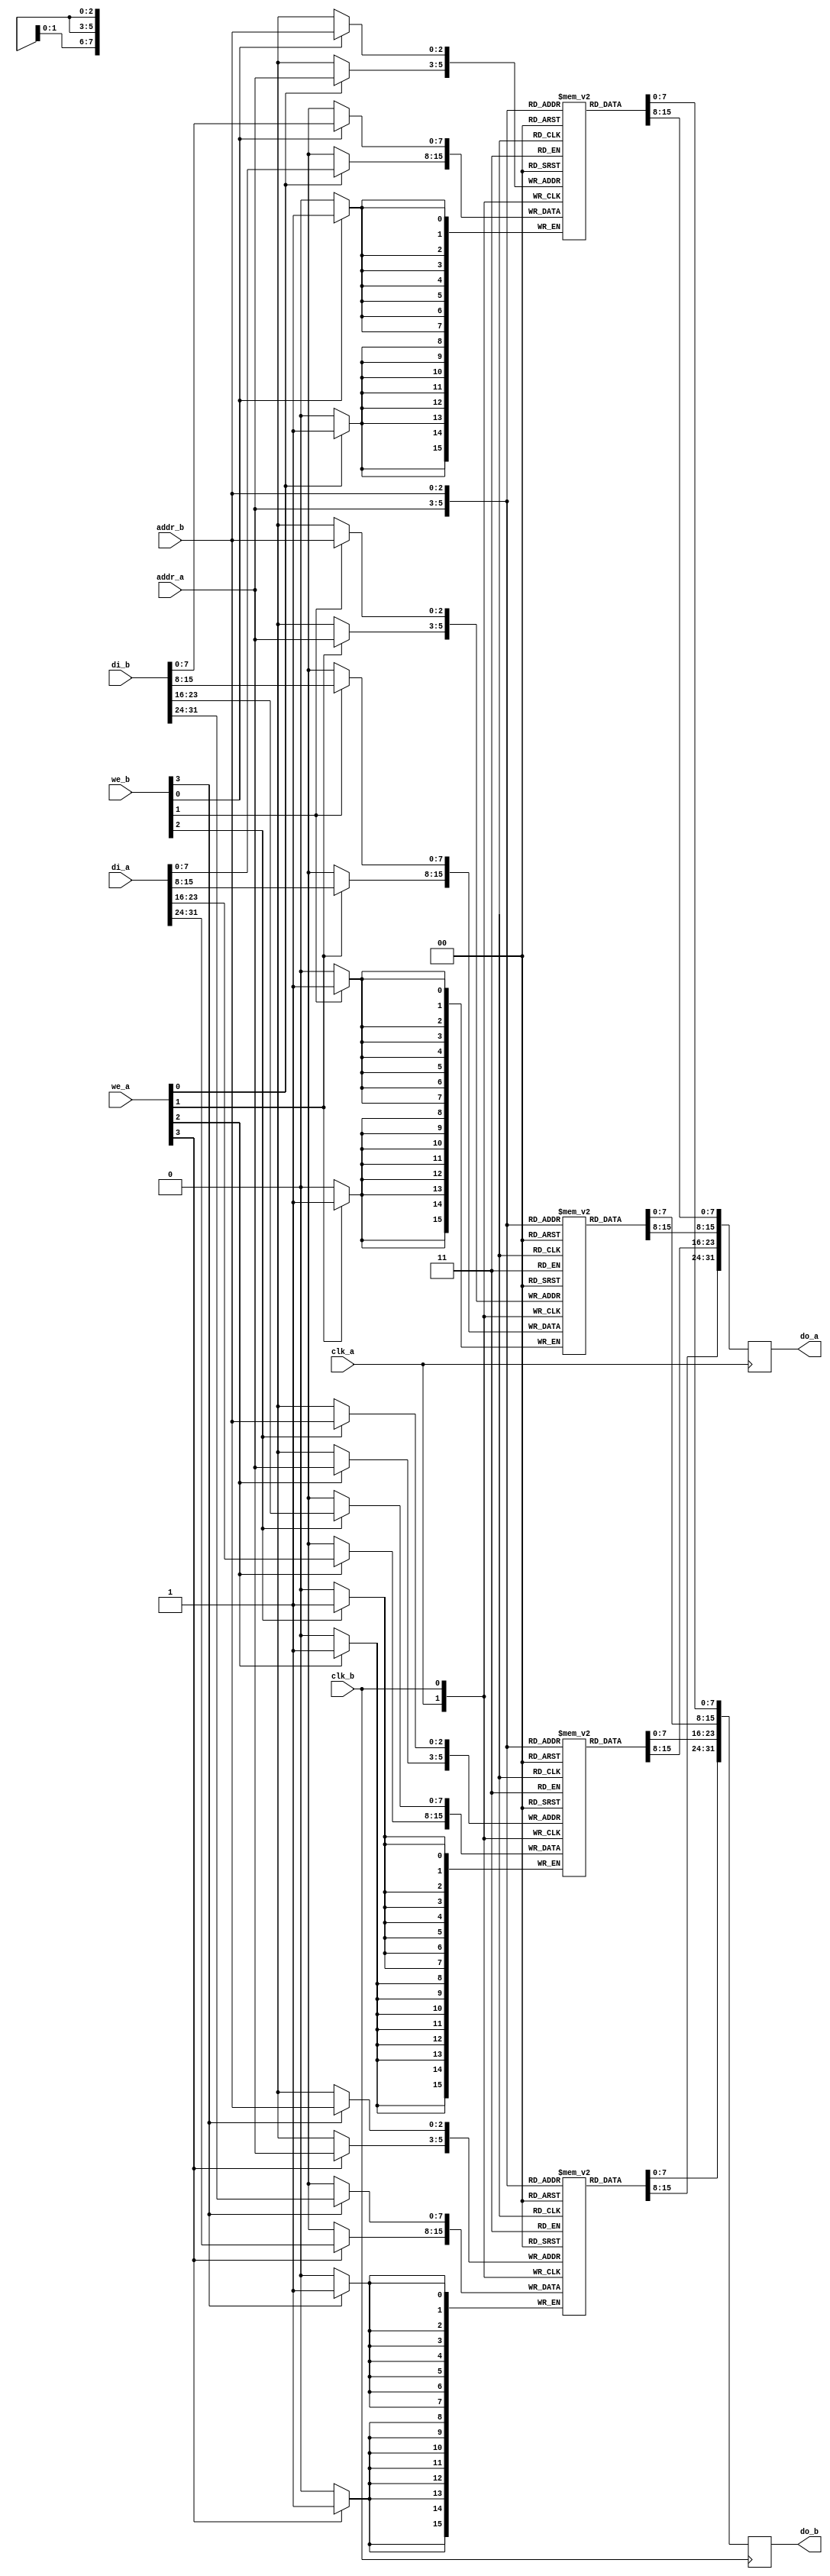
/*
 * Copyright (c) 2011, Stefan Kristiansson <stefan.kristiansson@saunalahti.fi>
 * All rights reserved.
 *
 * Redistribution and use in source and non-source forms, with or without
 * modification, are permitted provided that the following conditions are met:
 *     * Redistributions of source code must retain the above copyright
 *       notice, this list of conditions and the following disclaimer.
 *     * Redistributions in non-source form must reproduce the above copyright
 *       notice, this list of conditions and the following disclaimer in the
 *       documentation and/or other materials provided with the distribution.
 *
 * THIS WORK IS PROVIDED BY THE COPYRIGHT HOLDERS AND CONTRIBUTORS "AS IS"
 * AND ANY EXPRESS OR IMPLIED WARRANTIES, INCLUDING, BUT NOT LIMITED TO,
 * THE IMPLIED WARRANTIES OF MERCHANTABILITY AND FITNESS FOR A PARTICULAR
 * PURPOSE ARE DISCLAIMED. IN NO EVENT SHALL THE COPYRIGHT HOLDER OR
 * CONTRIBUTORS BE LIABLE FOR ANY DIRECT, INDIRECT, INCIDENTAL, SPECIAL,
 * EXEMPLARY, OR CONSEQUENTIAL DAMAGES (INCLUDING, BUT NOT LIMITED TO,
 * PROCUREMENT OF SUBSTITUTE GOODS OR SERVICES;
 * LOSS OF USE, DATA, OR PROFITS; OR BUSINESS INTERRUPTION) HOWEVER CAUSED AND
 * ON ANY THEORY OF LIABILITY, WHETHER IN CONTRACT, STRICT LIABILITY, OR TORT
 * (INCLUDING NEGLIGENCE OR OTHERWISE) ARISING IN ANY WAY OUT OF THE USE OF THIS
 * WORK, EVEN IF ADVISED OF THE POSSIBILITY OF SUCH DAMAGE.
 */

module dpram_generic #(
	parameter ADDR_WIDTH = 3
)
(
	input			clk_a,
	input  [ADDR_WIDTH-1:0]	addr_a,
	input  [3:0]		we_a,
	input  [31:0]		di_a,
	output reg [31:0]	do_a,

	input			clk_b,
	input  [ADDR_WIDTH-1:0]	addr_b,
	input  [3:0]		we_b,
	input  [31:0]		di_b,
	output reg [31:0]	do_b
);

	reg [7:0]	mem0[(1<<ADDR_WIDTH)-1:0];
	reg [7:0]	mem1[(1<<ADDR_WIDTH)-1:0];
	reg [7:0]	mem2[(1<<ADDR_WIDTH)-1:0];
	reg [7:0]	mem3[(1<<ADDR_WIDTH)-1:0];

	always @(posedge clk_a) begin
		if (we_a[3])
			mem3[addr_a] <= di_a[31:24];
		if (we_a[2])
			mem2[addr_a] <= di_a[23:16];
		if (we_a[1])
			mem1[addr_a] <= di_a[15:8];
		if (we_a[0])
			mem0[addr_a] <= di_a[7:0];
		do_a <= {mem3[addr_a], mem2[addr_a],
			 mem1[addr_a], mem0[addr_a]};
	end

	always @(posedge clk_b) begin
		if (we_b[3])
			mem3[addr_b] <= di_b[31:24];
		if (we_b[2])
			mem2[addr_b] <= di_b[23:16];
		if (we_b[1])
			mem1[addr_b] <= di_b[15:8];
		if (we_b[0])
			mem0[addr_b] <= di_b[7:0];
		do_b <= {mem3[addr_b], mem2[addr_b],
			 mem1[addr_b], mem0[addr_b]};
	end
endmodule